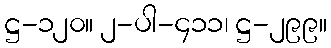
ဋ္ဌ-၁၂၀။ ၂-ပါ-၄၁၁၊ ဋ္ဌ-၂၉၉။